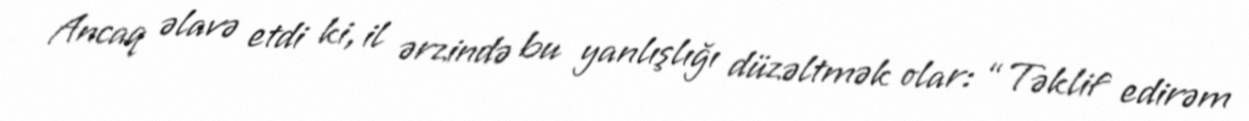
Ancaq əlavə etdi ki, il ərzində bu yanlışlığı düzəltmək olar: “Təklif edirəm